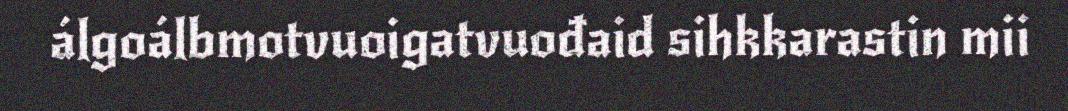
álgoálbmotvuoigatvuođaid sihkkarastin mii